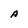
Character: A